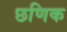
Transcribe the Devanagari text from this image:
छणिक